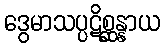
ဒွေမာသပ္ပဋိစ္ဆန္နာယ